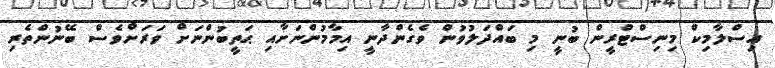
އިސްލާމިކް މިނިސްޓްރީން ބުނީ މި ބައްދަލުވުން ވެގެންދާނީ އިމާމުންނަށާއި ޙަތީބުންނަށް ވަރަށްވެސް ބޭނުންތެރި